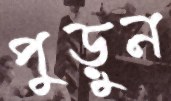
পুড়ুন